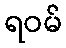
ရဝမ်